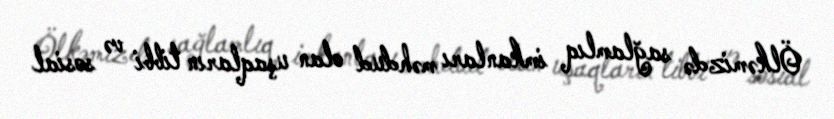
Ölkəmizdə sağlamlıq imkanları məhdud olan uşaqların tibbi və sosial